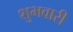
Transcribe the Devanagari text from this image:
शुभवारी